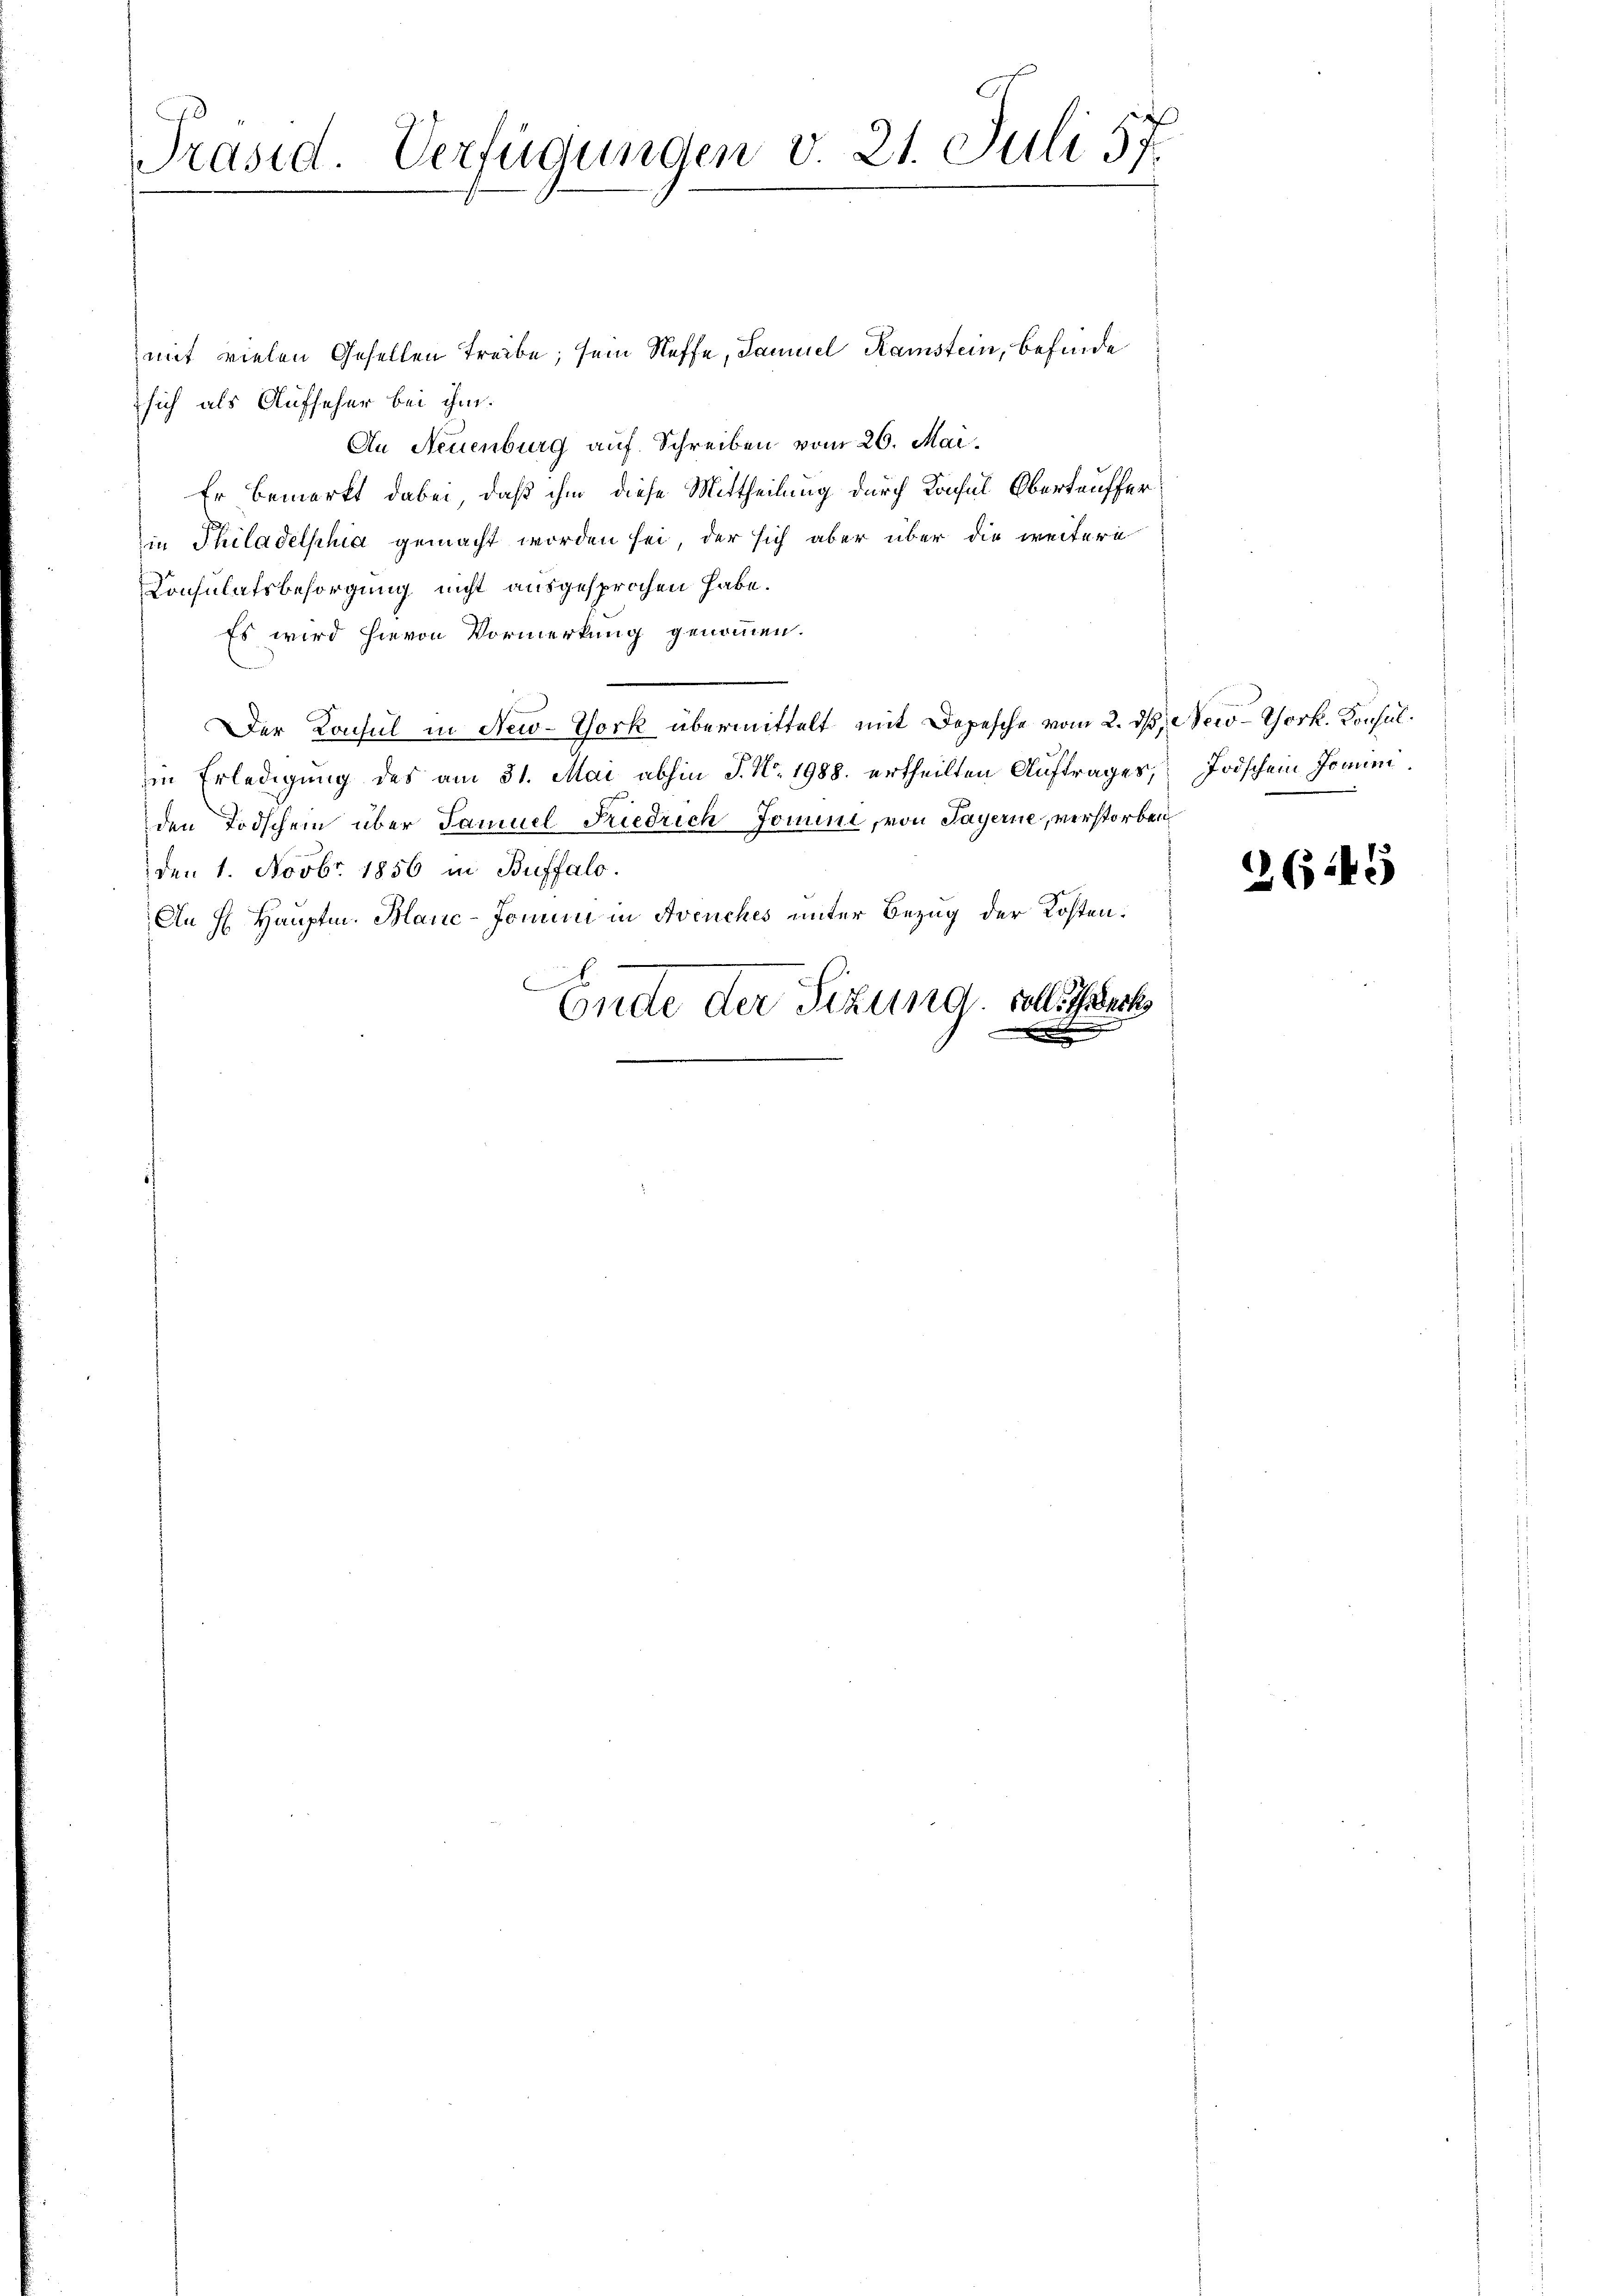
Präsid. Verfügungen v. 21. Juli 57.

mit vielen Gesellen Treibe; sein Neffe, Samuel Ramstein, befinde
sich als Aufseher bei ihm.
An Neuenburg auf Schreiben vom 26. Mai.
Er bemerkt dabei, daß ihm diese Mittheilung durch Konsul Oberteuffer
in Philadelphia gemacht worden sei, der sich aber über die weitere
Consulatsbesorgung nicht ausgesprochen habe.
Es wird hievon Vormerkung genommen.
Der Konsul in New-York übermittelt mit Depesche vom 2. ds, New-York. Konsulin Erledigung des am 31. Mai abhin J. N. 1988. ertheilten Auftrages,
den Todschein über Samuel Friedrich Jomune, von Payerne, verstorben
den 1. Novbr. 1856 in Buffalo.
An H. Hauptm. Manc-Jomini in Avenches unter Bezug der Kosten.
.
Ende der Sizung. Soll Seck

Todschein Jonum.

2649